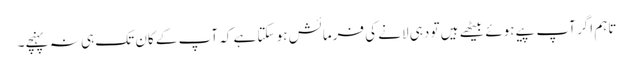
تاہم اگر آپ پیے ہوئے بیٹھے ہیں تو دہی لانے کی فرمائش ہو سکتا ہے کہ آپ کے کان تک ہی نہ پہنچے۔